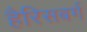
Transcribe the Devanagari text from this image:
हैरिसबर्ग